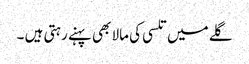
گلے میں تلسی کی مالا بھی پہنے رہتی ہیں ۔